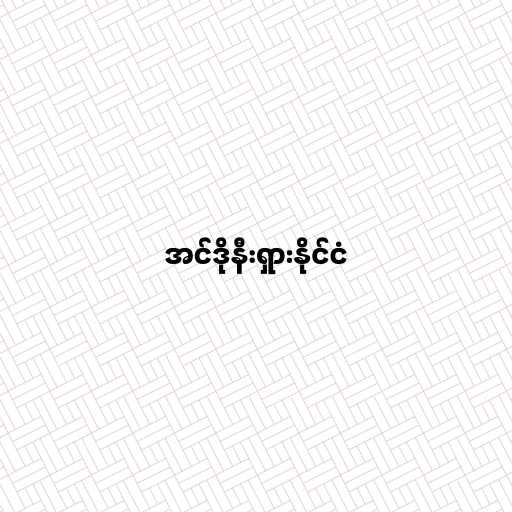
အင်ဒိုနီးရှားနိုင်ငံ